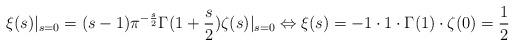
LaTeX: \begin{align*}\xi(s)\vert_{s=0} = (s-1)\pi^{-\frac{s}{2}}\Gamma(1+\frac{s}{2})\zeta(s)\vert_{s=0} \Leftrightarrow \xi(s) = -1\cdot 1\cdot \Gamma(1)\cdot \zeta(0) =\frac{1}{2}\end{align*}